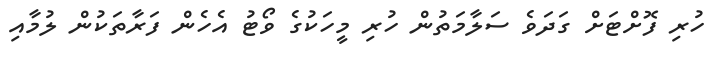
ހުރި ފޮށްޓަށް ގަދަވެ ސަލާމަތުން ހުރި މީހަކުގެ ވޯޓު އެހެން ފަރާތަކުން ލުމާއި